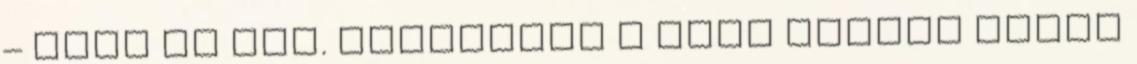
– írja az MTI. Állítólag a PAME ötszáz tagja